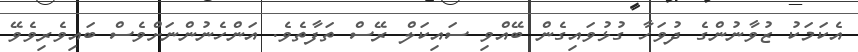
އެކަމަކު ޒުވާނުންގެ ދުވަހާ ގުޅުވައިގެން ބޭއްވި ސައިކަލް ރޭސް ތަފާތެވެ. އަންހެނުންނަށްވެސް ބައިވެރިވެވޭ